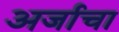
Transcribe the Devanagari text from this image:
अर्जाचा